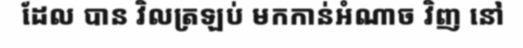
ដែល បាន វិលត្រឡប់ មកកាន់អំណាច វិញ នៅ